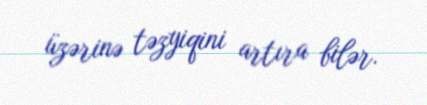
üzərinə təzyiqini artıra bilər.